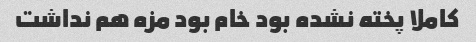
کاملا پخته نشده بود خام بود مزه هم نداشت